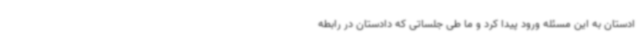
ادستان به این مسئله ورود پیدا کرد و ما طی جلساتی که دادستان در رابطه